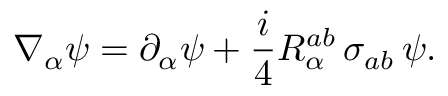
\nabla _ { \alpha } \psi = \partial _ { \alpha } \psi + \frac i 4 R _ { \alpha } ^ { a b } \, \sigma _ { a b } \, \psi .